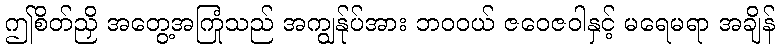
ဤစိတ်ညှိ အတွေ့အကြုံသည် အကျွန်ုပ်အား ဘဝဝယ် ဇဝေဇဝါနှင့် မရေမရာ အချိန်